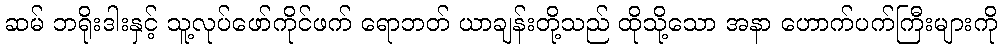
ဆမ် ဘရိုးဒါးနှင့် သူ့လုပ်ဖော်ကိုင်ဖက် ရောဘတ် ယာချန်းတို့သည် ထိုသို့သော အနာ ဟောက်ပက်ကြီးများကို